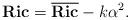
LaTeX: \begin{align*}\textbf{Ric}={\bf \overline{Ric}}-k\alpha^2.\end{align*}